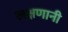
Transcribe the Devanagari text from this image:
लक्षणानी